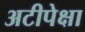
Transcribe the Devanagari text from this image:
अटीपेक्षा